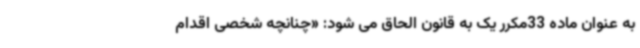
به عنوان ماده 33مکرر یک به قانون الحاق می شود: «چنانچه شخصی اقدام